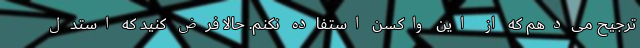
ترجیح می‌دهم که از این واکسن استفاده نکنم. حالا فرض کنید که استدل